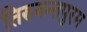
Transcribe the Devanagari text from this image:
तिरुवन्तपुरम